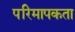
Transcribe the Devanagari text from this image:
परिमापकता